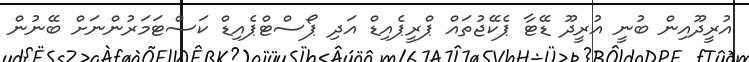
އުރީދޫއިން ބުނީ އުރީދޫ ޑޭޓާ ޕެކޭޖުތައް ޕްރީޕެއިޑް އަދި ޕޯސްޓްޕެއިޑް ކަސްޓަމަރުންނަށް ބޭނުން